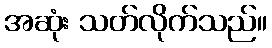
အဆုံး သတ်လိုက်သည်။